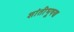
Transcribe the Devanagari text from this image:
शांतीभूषण